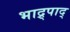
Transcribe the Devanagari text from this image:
भाद्र्पाद्